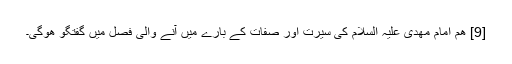
[9] ھم امام مھدی علیہ السلام کی سیرت اور صفات کے بارے میں آنے والی فصل میں گفتگو ھوگی۔